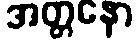
အတ္တနော